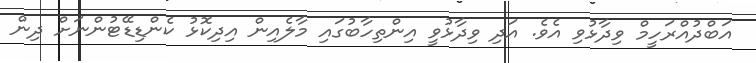
އަބްދުއްރަހީމް ވިދާޅުވި އެވެ. އަދި ވިދާޅުވީ އިންތިހާބުގައި މާލެއިން އިދިކޮޅު ކެންޑިޑޭޓުންނަށް ދިން